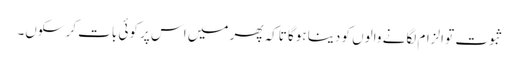
ثبوت تو الزام لگانے والوں کو دینا ہوگا تاکہ پھر میں اس پر کوئی بات کرسکوں۔